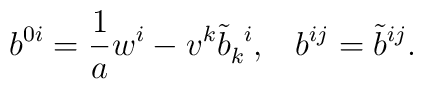
b^{0i}=\frac{1}{a}w^{i} - v^{k} {\tilde{b}}_{k}^{\;\;i},\;\;\; b^{ij}={\tilde{b}}^{ij}.